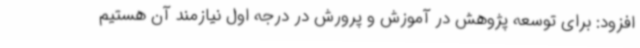
افزود: برای توسعه پژوهش در آموزش و پرورش در درجه اول نیازمند آن هستیم